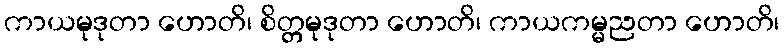
ကာယမုဒုတာ ဟောတိ၊ စိတ္တမုဒုတာ ဟောတိ၊ ကာယကမ္မညတာ ဟောတိ၊